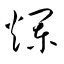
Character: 爛